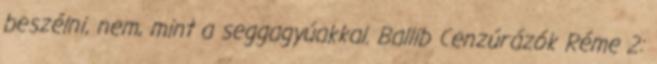
beszélni, nem, mint a seggagyúakkal. Ballib Cenzúrázók Réme 2: